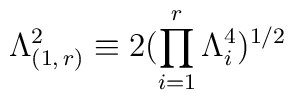
\Lambda_{(1,\,r)}^{2}\equiv 2(\prod _{i=1}^{r}\Lambda _{i}^{4})^{1/2}